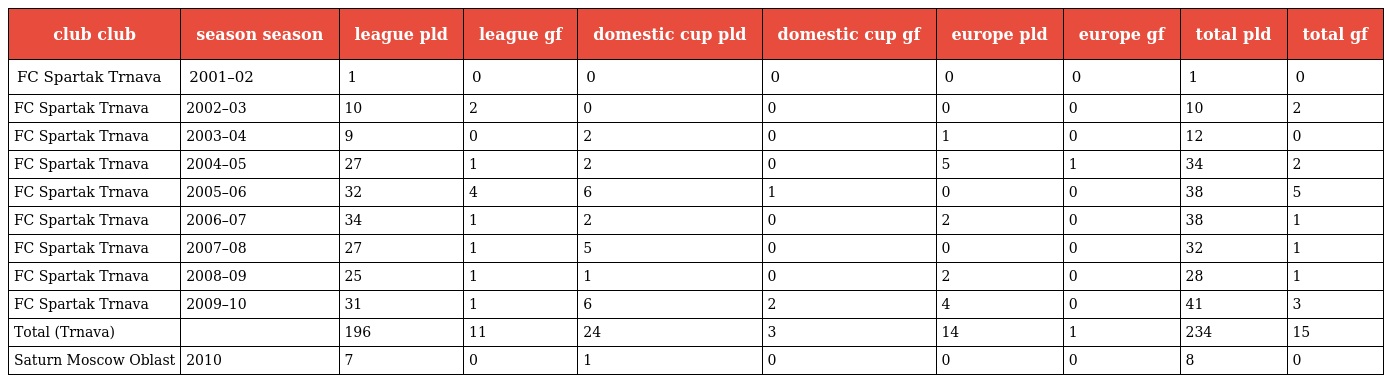
| club club | season season | league pld | league gf | domestic cup pld | domestic cup gf | europe pld | europe gf | total pld | total gf |
 | --- | --- | --- | --- | --- | --- | --- | --- | --- | --- |
 | FC Spartak Trnava | 2001–02 | 1 | 0 | 0 | 0 | 0 | 0 | 1 | 0 |
 | FC Spartak Trnava | 2002–03 | 10 | 2 | 0 | 0 | 0 | 0 | 10 | 2 |
 | FC Spartak Trnava | 2003–04 | 9 | 0 | 2 | 0 | 1 | 0 | 12 | 0 |
 | FC Spartak Trnava | 2004–05 | 27 | 1 | 2 | 0 | 5 | 1 | 34 | 2 |
 | FC Spartak Trnava | 2005–06 | 32 | 4 | 6 | 1 | 0 | 0 | 38 | 5 |
 | FC Spartak Trnava | 2006–07 | 34 | 1 | 2 | 0 | 2 | 0 | 38 | 1 |
 | FC Spartak Trnava | 2007–08 | 27 | 1 | 5 | 0 | 0 | 0 | 32 | 1 |
 | FC Spartak Trnava | 2008–09 | 25 | 1 | 1 | 0 | 2 | 0 | 28 | 1 |
 | FC Spartak Trnava | 2009–10 | 31 | 1 | 6 | 2 | 4 | 0 | 41 | 3 |
 | Total (Trnava) |  | 196 | 11 | 24 | 3 | 14 | 1 | 234 | 15 |
 | Saturn Moscow Oblast | 2010 | 7 | 0 | 1 | 0 | 0 | 0 | 8 | 0 |